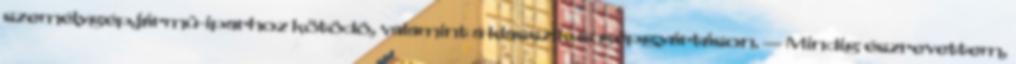
személygépjármû-iparhoz kötôdô, valamint a klasszikus gépgyártáson. — Mindig észrevettem,